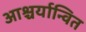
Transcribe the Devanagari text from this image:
आश्चर्यान्वित